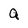
Character: Q